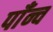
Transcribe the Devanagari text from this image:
पाँन्च